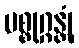
ပစ္စုဂ္ဂန္တုံ